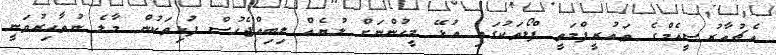
އެޗުއާރުސީއެމްގެ ތައުރީފްމަތީ ފްލޯތަކުގައި އުޅޭ މީހުންނަށް ލުޔެއް ލިބިއްޖެހުސް ފުޅިތަކުން މާލެ ނުތާހިރުވަނީ